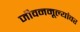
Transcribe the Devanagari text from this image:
जीवनमूल्यांवर